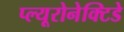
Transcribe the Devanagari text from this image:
प्ल्यूरोनेक्टिडे